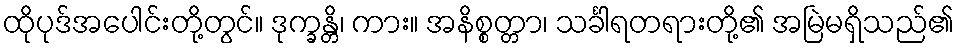
ထိုပုဒ်အပေါင်းတို့တွင်။ ဒုက္ခန္တိ၊ ကား။ အနိစ္စတ္တာ၊ သင်္ခါရတရားတို့၏ အမြဲမရှိသည်၏